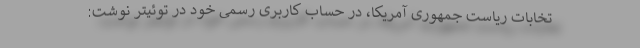
تخابات ریاست جمهوری آمریکا، در حساب کاربری رسمی خود در توئیتر نوشت: